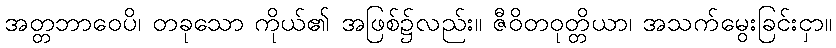
အတ္တဘာဝေပိ၊ တခုသော ကိုယ်၏ အဖြစ်၌လည်း။ ဇီဝိတဝုတ္တိယာ၊ အသက်မွေးခြင်းငှာ။